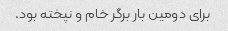
برای دومین بار برگر خام و نپخته بود.